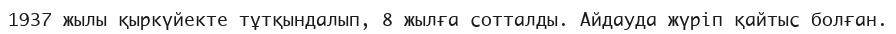
1937 жылы қыркүйекте тұтқындалып, 8 жылға сотталды. Айдауда жүріп қайтыс болған.